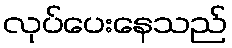
လုပ်ပေးနေသည်